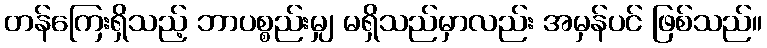
တန်ကြေးရှိသည့် ဘာပစ္စည်းမျှ မရှိသည်မှာလည်း အမှန်ပင် ဖြစ်သည်။